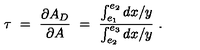
\tau \ = \ { \frac { \partial A _ { D } } { \partial A } } \ = \ { \frac { \int _ { e _ { 1 } } ^ { e _ { 2 } } { d x / y } } { \int _ { e _ { 2 } } ^ { e _ { 3 } } { d x / y } } } \ .